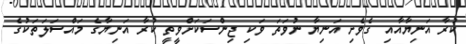
ކުރާ އަނިޔާއާއި ގެވެށި އަނިޔާ ނުވަތަ ވަކި ޖިންސަކަށްވީތީ ކުރާ އަނިޔާގެ މައްސަލަތަކުގެ